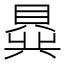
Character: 𬥟